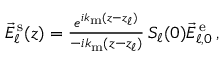
\begin{array} { r } { \vec { E } _ { \ell } ^ { \mathrm { \, s } } ( z ) = \frac { e ^ { i k _ { \mathrm { m } } ( z - z _ { \ell } ) } } { - i k _ { \mathrm { m } } ( z - z _ { \ell } ) } \, S _ { \ell } ( 0 ) \vec { E } _ { \ell , 0 } ^ { \mathrm { \, e } } \, \! \! \, \! \, \, \! \, \, \! \! \, \! \, \, \! \! \, \! \! \, \! \, \, \! \! \, \! \! \, \! \, \, \! \, \, \! \! \, \! \, \, \! \! \, \! \! \, \! \, \, \! \, \, \! \! \, \! \, \, \! \, \, \! \! \, \! \, \, \! \! \, \! \! \, \! \, \, \! \, \, \! \! \, \! \, \, \! \, \, \! \! , } \end{array}